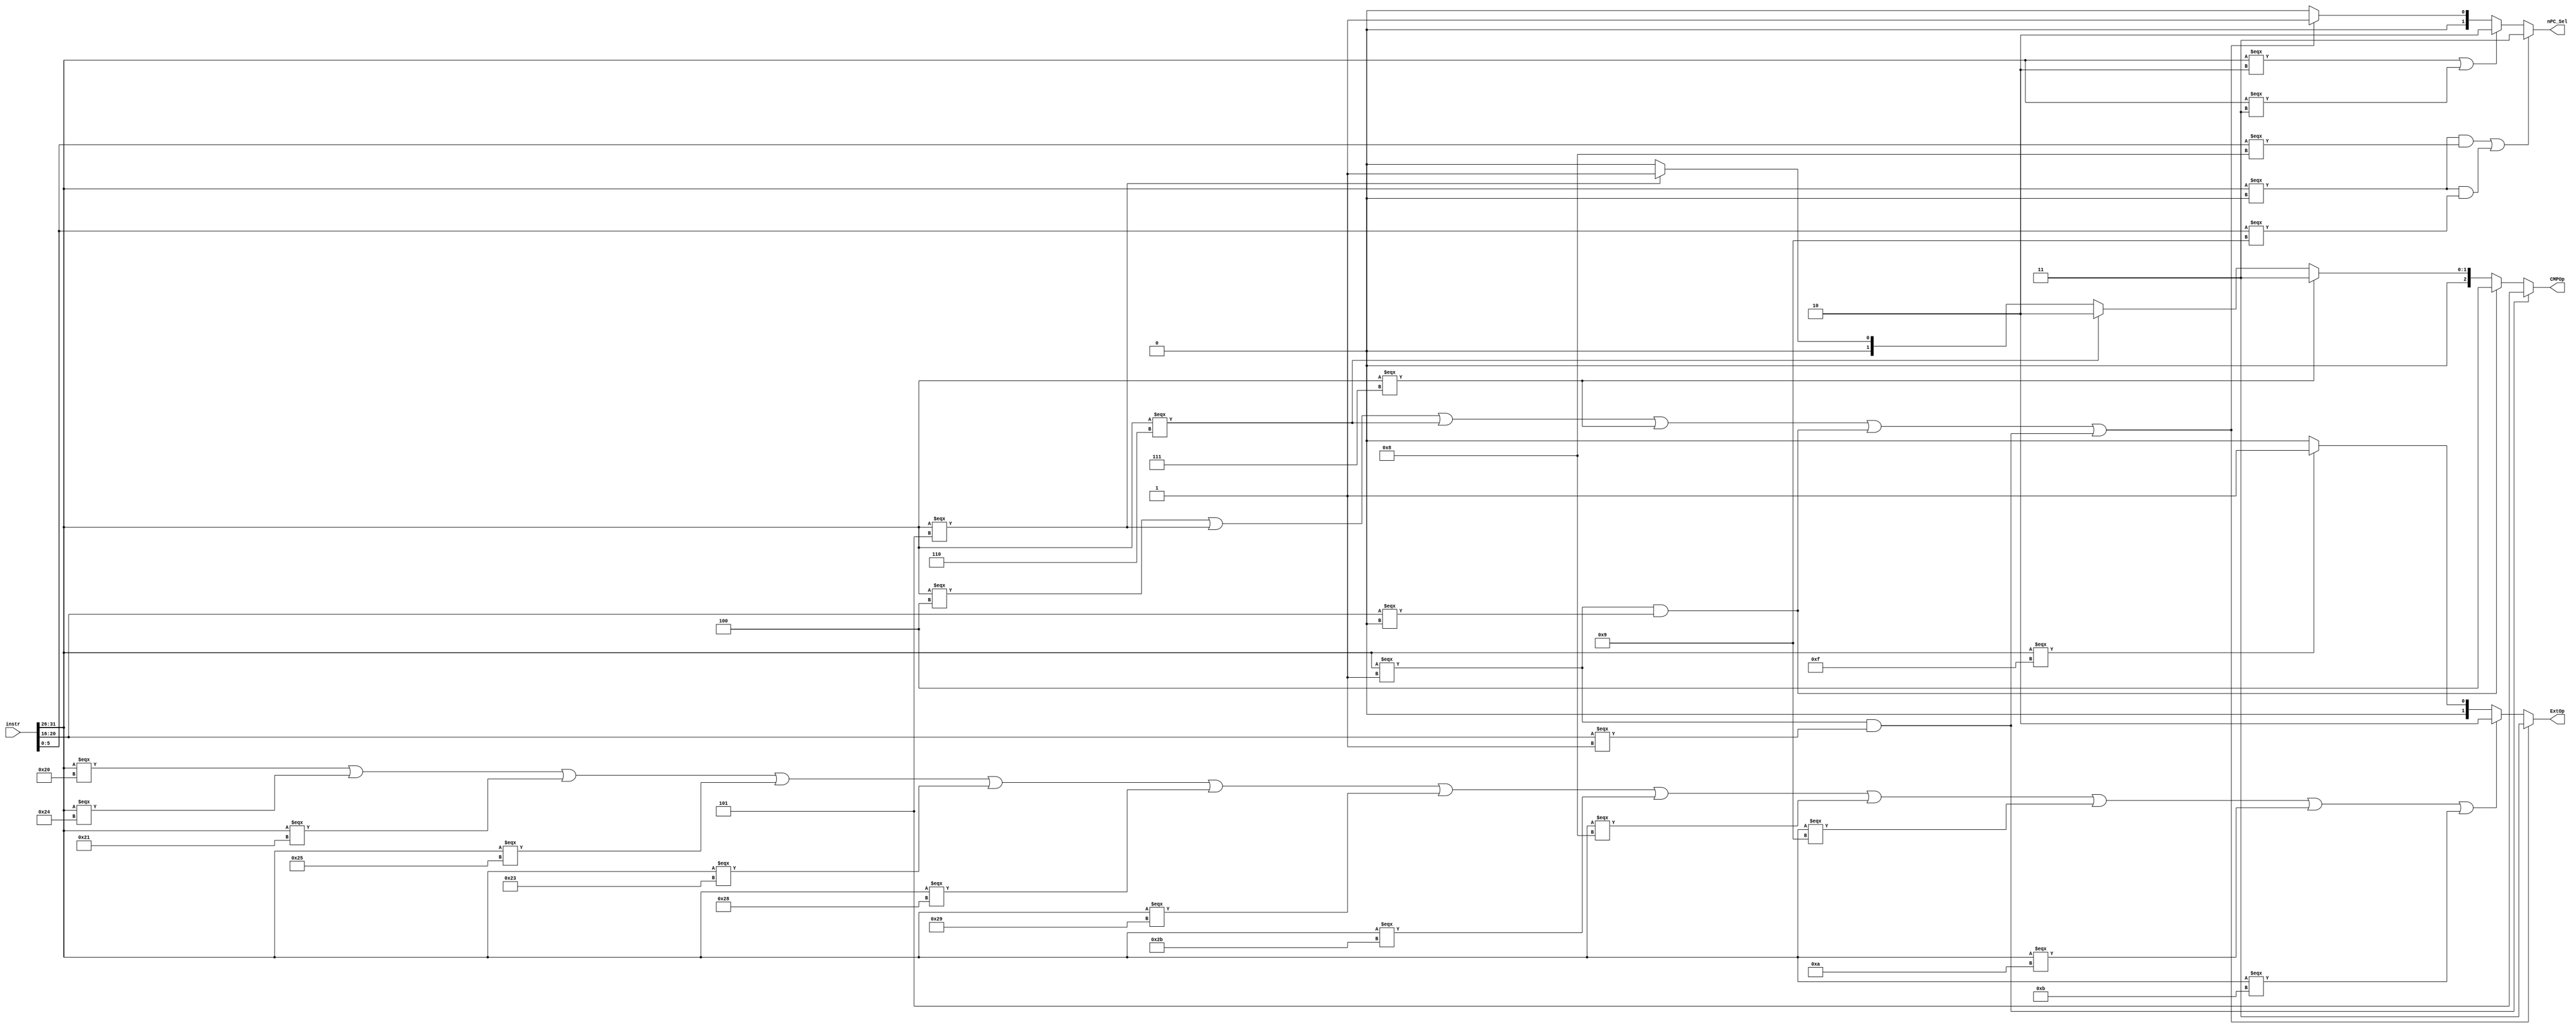
`timescale 1ns / 1ps
//////////////////////////////////////////////////////////////////////////////////
// Company: 
// Engineer: 
// 
// Design Name: 
// Module Name:    Controller 
// Project Name: 
// Target Devices: 
// Tool versions: 
// Description: 
//
// Dependencies: 
//
// Revision: 
// Revision 0.01 - File Created
// Additional Comments: 
//
//////////////////////////////////////////////////////////////////////////////////
`define CAL_R instr[31:26] === 6'b00000
`define ADD instr[31:26] === 6'b000000 && instr[5:0] === 6'b100000
`define ADDU instr[31:26] === 6'b000000 && instr[5:0] === 6'b100001
`define SUB instr[31:26] === 6'b000000 && instr[5:0] === 6'b100010
`define SUBU instr[31:26] === 6'b000000 && instr[5:0] === 6'b100011
`define AND instr[31:26] === 6'b000000 && instr[5:0] === 6'b100100
`define OR instr[31:26] === 6'b000000 && instr[5:0] === 6'b100101
`define XOR instr[31:26] === 6'b000000 && instr[5:0] === 6'b100110
`define NOR instr[31:26] === 6'b000000 && instr[5:0] === 6'b100111
`define SLL instr[31:26] === 6'b000000 && instr[5:0] === 6'b000000
`define SLLV instr[31:26] === 6'b000000 && instr[5:0] === 6'b000100
`define SRA instr[31:26] === 6'b000000 && instr[5:0] === 6'b000011
`define SRAV instr[31:26] === 6'b000000 && instr[5:0] === 6'b000111
`define SRL instr[31:26] === 6'b000000 && instr[5:0] === 6'b000010
`define SRLV instr[31:26] === 6'b000000 && instr[5:0] === 6'b000110
`define SLT instr[31:26] === 6'b000000 && instr[5:0] === 6'b101010
`define SLTU instr[31:26] === 6'b000000 && instr[5:0] === 6'b101011
`define MFLO instr[31:26] === 6'b000000 && instr[5:0] === 6'b010010
`define MFHI instr[31:26] === 6'b000000 && instr[5:0] === 6'b010000
`define MTHI instr[31:26] === 6'b000000 && instr[5:0] === 6'b010001
`define MTLO instr[31:26] === 6'b000000 && instr[5:0] === 6'b010011
`define MULT instr[31:26] === 6'b000000 && instr[5:0] === 6'b011000
`define MULTU instr[31:26] === 6'b000000 && instr[5:0] === 6'b011001
`define DIV instr[31:26] === 6'b000000 && instr[5:0] === 6'b011010
`define DIVU instr[31:26] === 6'b000000 && instr[5:0] === 6'b011011
`define LB instr[31:26] === 6'b100000
`define LBU instr[31:26] === 6'b100100
`define LH instr[31:26] === 6'b100001
`define LHU instr[31:26] === 6'b100101
`define LW instr[31:26] === 6'b100011
`define SB instr[31:26] === 6'b101000
`define SH instr[31:26] === 6'b101001
`define SW instr[31:26] === 6'b101011
`define ORI instr[31:26] === 6'b001101
`define ADDI instr[31:26] === 6'b001000
`define ADDIU instr[31:26] === 6'b001001
`define ANDI instr[31:26] === 6'b001100
`define LUI instr[31:26] === 6'b001111
`define XORI instr[31:26] === 6'b001110
`define SLTI instr[31:26] === 6'b001010
`define SLTIU instr[31:26] === 6'b001011
`define BEQ instr[31:26] === 6'b000100
`define BNE instr[31:26] === 6'b000101
`define BLEZ instr[31:26] === 6'b000110
`define BGTZ instr[31:26] === 6'b000111
`define BLTZ instr[31:26] === 6'b000001 && instr[20:16] === 5'b00000
`define BGEZ instr[31:26] === 6'b000001 && instr[20:16] === 5'b00001
`define JR instr[31:26] === 6'b000000 && instr[5:0] === 6'b001000
`define JALR instr[31:26] === 6'b000000 && instr[5:0] === 6'b001001
`define J instr[31:26] === 6'b000010
`define JAL instr[31:26] === 6'b000011
`define NOP instr === 32'b0

module controller_D(
	 input [31:0] instr,
	 output [1:0] ExtOp,
	 output [1:0] nPC_Sel,
	 output [2:0] CMPOp
    );

	 assign ExtOp = (`BEQ || `BNE || `BLEZ || `BGTZ || `BLTZ || `BGEZ)?3:
						 (`LB || `LBU || `LH || `LHU  || `LW || `SB || `SH || `SW || `ADDI || `ADDIU || `SLTI || `SLTIU)?2:
						 (`LUI)?1:0;
	 assign nPC_Sel = (`JR || `JALR)?3:
							(`J || `JAL)?2:
							(`BEQ || `BNE || `BLEZ || `BGTZ || `BLTZ || `BGEZ)?1:0;
							
	 assign CMPOp = (`BGEZ)?5:
						 (`BLTZ)?4:
						 (`BGTZ)?3:
						 (`BLEZ)?2:
						 (`BNE)?1:0;

endmodule